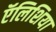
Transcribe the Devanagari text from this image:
ऍलिशिया